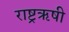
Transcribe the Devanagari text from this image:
राष्ट्रऋषी